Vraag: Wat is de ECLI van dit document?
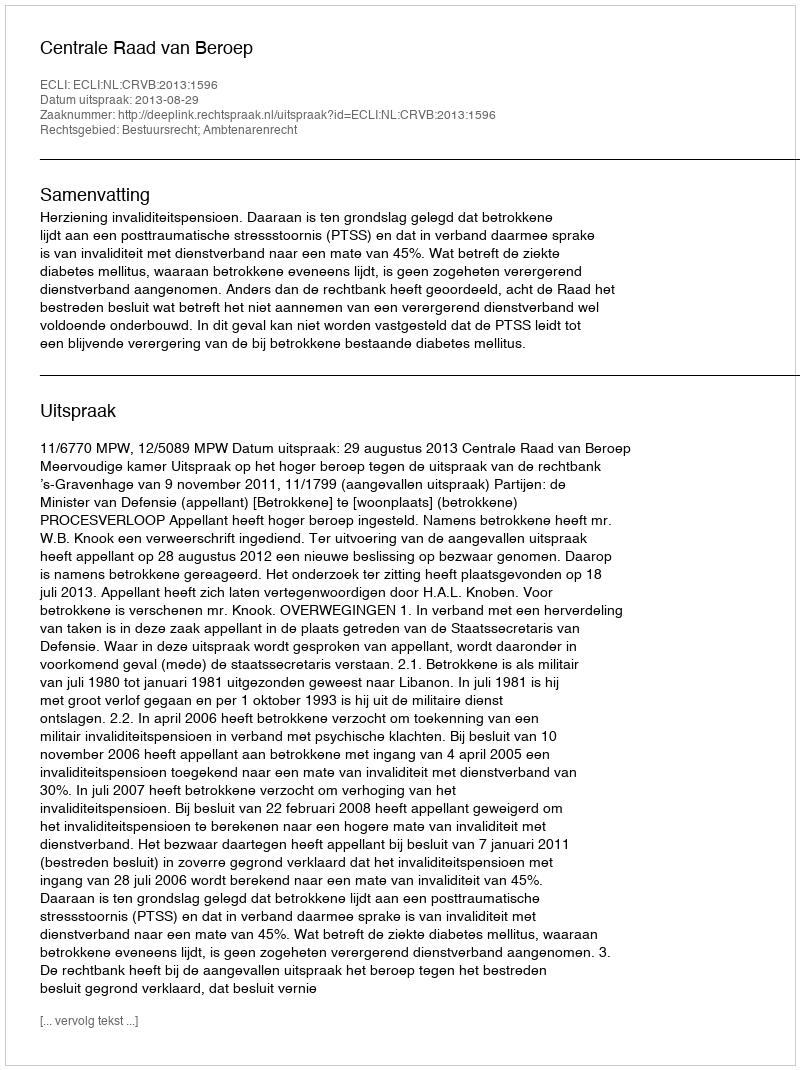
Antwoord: ECLI:NL:CRVB:2013:1596